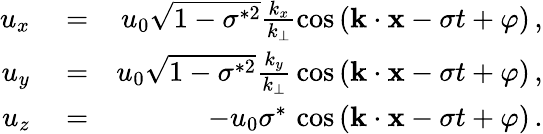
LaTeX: \begin{array}{rlr}{u_{x}}&{{}=}&{u_{0}\sqrt{1-\sigma^{*2}}\frac{k_{x}}{k_{\perp}}\cos{({\mathbf k}\cdot{\mathbf x}-\sigma t+\varphi)}\, ,}\\ {u_{y}}&{{}=}&{u_{0}\sqrt{1-\sigma^{*2}}\frac{k_{y}}{k_{\perp}}\, \cos{({\mathbf k}\cdot{\mathbf x}-\sigma t+\varphi)}\, ,}\\ {u_{z}}&{{}=}&{-u_{0}\sigma^{*}\, \cos{({\mathbf k}\cdot{\mathbf x}-\sigma t+\varphi)}\, .}\end{array}